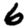
Digit: 6